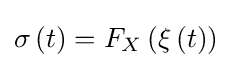
\sigma \left(t\right)=F_{X}\left(\xi \left(t\right)\right)